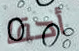
أحقا